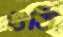
গুতি